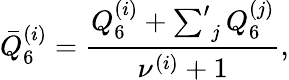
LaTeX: \bar{Q}_{6}^{(i)}=\frac{Q_{6}^{(i)}+\sideset{}{^\prime}\sum_{j}Q_{6}^{(j)}}{\nu^{(i)}+1},